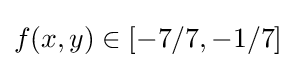
{\textstyle f(x,y)\in [-7/7,-1/7]}